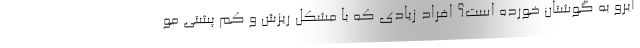
ابرو به گوشتان خورده است؟ افراد زیادی که با مشکل ریزش و کم پشتی مو